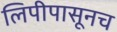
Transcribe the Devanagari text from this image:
लिपीपासूनच